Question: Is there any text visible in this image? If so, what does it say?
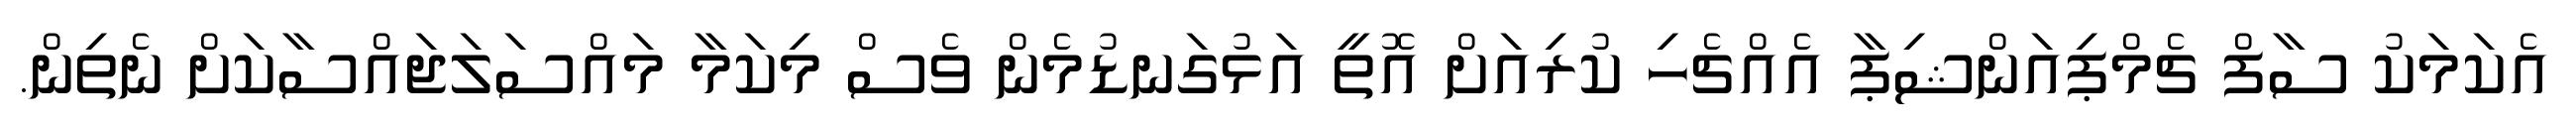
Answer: އެކަމަކު ސާފް ޗެމްޕިއަންޝިޕާ އެއްޗެހި ކުރިއަށް އޮތީ އަޅުގަނޑުމެން ވެސް މިކަމާ މައްސަލަޖައްސާކަށް ނެތިން.